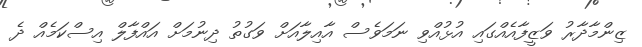
ޒިންމާދާރު ވަޒީފާއެއްގައި އުޅުއްވި ނަމަވެސް އާއިލާއަށް ވަގުތު ދިނުމަށް އައްފާލް އިސްކަމެއް ދެ